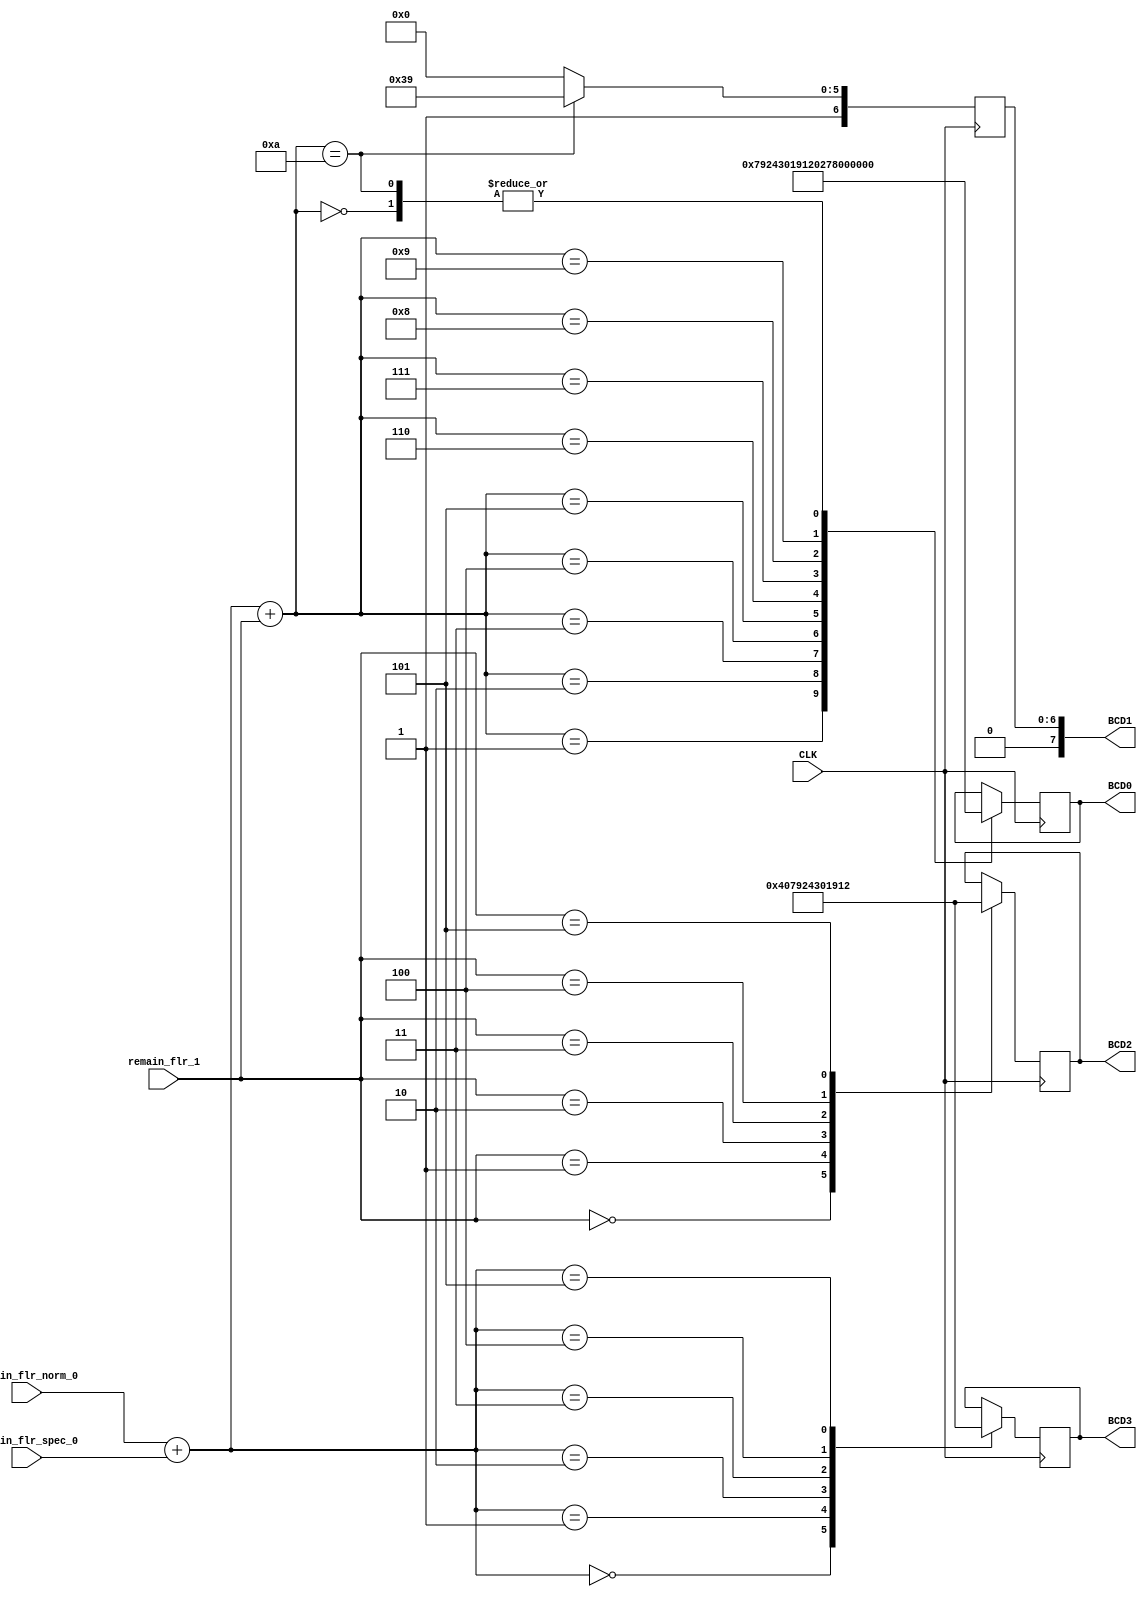
module BDC_7SEG(
    input [2:0] remain_flr_spec_0, remain_flr_norm_0, remain_flr_1,
    input CLK,
    output reg [7:0] BCD0, BCD1, BCD2, BCD3
);

initial begin
    BCD0 = 7'b0111111;
    BCD1 = 7'b0111111;
    BCD2 = 7'b0111111;
    BCD3 = 7'b0111111;
end

wire [3:0] total_rem, rem_0;
assign total_rem = remain_flr_norm_0 + remain_flr_spec_0 + remain_flr_1;
assign rem_0 = remain_flr_spec_0 + remain_flr_norm_0;
always @ (posedge CLK) begin
        case(rem_0)
            4'b0000: BCD3 = 7'b1000000;
            4'b0001: BCD3 = 7'b1111001;
            4'b0010: BCD3 = 7'b0100100;
            4'b0011: BCD3 = 7'b0110000;
            4'b0100: BCD3 = 7'b0011001;
            4'b0101: BCD3 = 7'b0010010;
        endcase
        case(remain_flr_1)
            4'b0000: BCD2 = 7'b1000000;
            4'b0001: BCD2 = 7'b1111001;
            4'b0010: BCD2 = 7'b0100100;
            4'b0011: BCD2 = 7'b0110000;
            4'b0100: BCD2 = 7'b0011001;
            4'b0101: BCD2 = 7'b0010010;
        endcase
        case(total_rem)
            4'b0000: BCD0 = 7'b1000000;
            4'b0001: BCD0 = 7'b1111001;
            4'b0010: BCD0 = 7'b0100100;
            4'b0011: BCD0 = 7'b0110000;
            4'b0100: BCD0 = 7'b0011001;
            4'b0101: BCD0 = 7'b0010010;
            4'b0110: BCD0 = 7'b0000010;
            4'b0111: BCD0 = 7'b1111000;
            4'b1000: BCD0 = 7'b0000000;
            4'b1001: BCD0 = 7'b0011000;
            4'b1010: BCD0 = 7'b1000000;
        endcase
        case(total_rem)
            4'b1010: BCD1 = 7'b1111001;
            default: BCD1 = 7'b1000000;
        endcase
end

endmodule